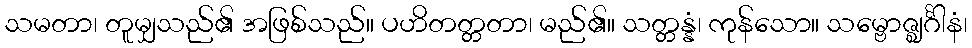
သမတာ၊ တူမျှသည်၏ အဖြစ်သည်။ ပဟိတတ္တတာ၊ မည်၏။ သတ္တန္နံ၊ ကုန်သော။ သမ္ဗောဇ္ဈင်္ဂါနံ၊